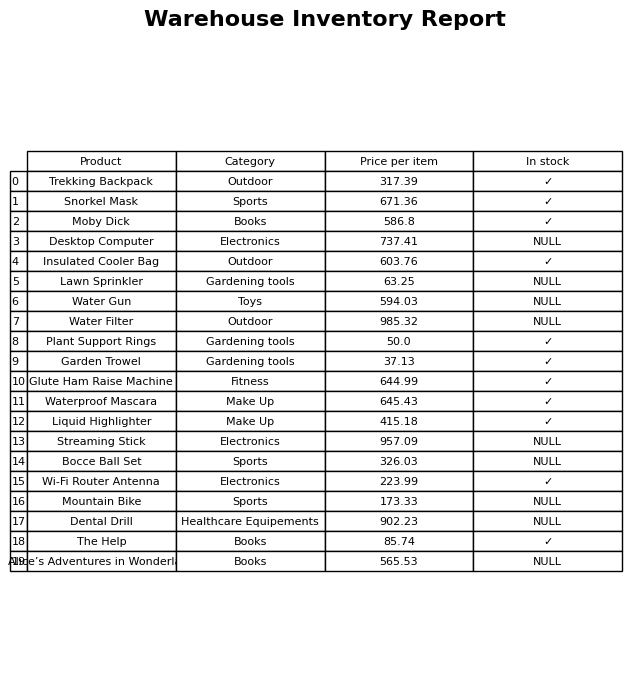
question: What is the price for Water Gun?
answer: The price of Water Gun is 594.03.